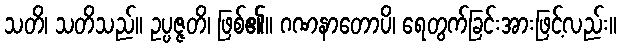
သတိ၊ သတိသည်။ ဥပ္ပဇ္ဇတိ၊ ဖြစ်၏။ ဂဏနာတောပိ၊ ရေတွက်ခြင်းအားဖြင့်လည်း။